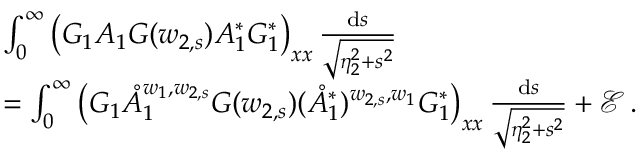
\begin{array} { r l } & { \int _ { 0 } ^ { \infty } \big ( G _ { 1 } A _ { 1 } G ( w _ { 2 , s } ) A _ { 1 } ^ { * } G _ { 1 } ^ { * } \big ) _ { \boldsymbol { x } \boldsymbol { x } } \, \frac { \mathrm { d } s } { \sqrt { \eta _ { 2 } ^ { 2 } + s ^ { 2 } } } } \\ & { = \int _ { 0 } ^ { \infty } \big ( G _ { 1 } \mathring { A } _ { 1 } ^ { w _ { 1 } , w _ { 2 , s } } G ( w _ { 2 , s } ) ( \mathring { A } _ { 1 } ^ { * } ) ^ { w _ { 2 , s } , w _ { 1 } } G _ { 1 } ^ { * } \big ) _ { \boldsymbol { x } \boldsymbol { x } } \, \frac { \mathrm { d } s } { \sqrt { \eta _ { 2 } ^ { 2 } + s ^ { 2 } } } + \mathcal { E } \, . } \end{array}